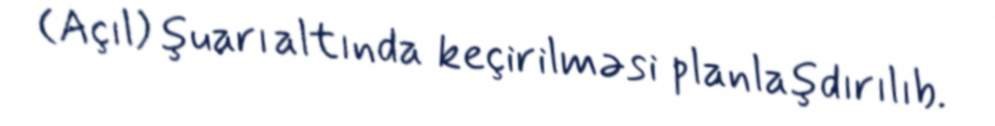
(Açıl) şuarı altında keçirilməsi planlaşdırılıb.